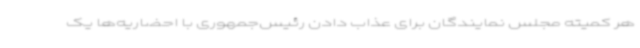
هر کمیته مجلس نمایندگان برای عذاب دادن رئیس‌جمهوری با احضاریه‌ها یک